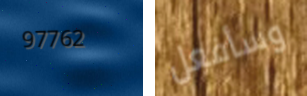
97762 وسأفعل